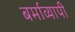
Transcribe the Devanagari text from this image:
बर्माव्यापी